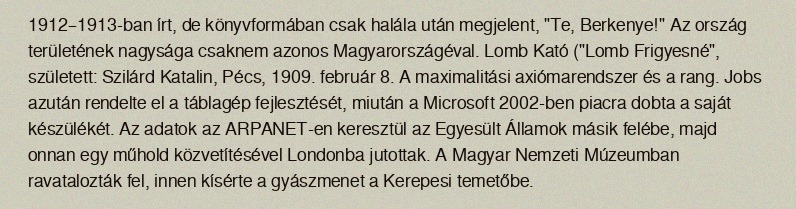
1912–1913-ban írt, de könyvformában csak halála után megjelent, "Te, Berkenye!" Az ország  területének nagysága csaknem azonos Magyarországéval. Lomb Kató ("Lomb Frigyesné", született: Szilárd Katalin, Pécs, 1909. február 8. A maximalitási axiómarendszer és a rang. Jobs azután rendelte el a táblagép fejlesztését, miután a Microsoft 2002-ben piacra dobta a saját készülékét. Az adatok az ARPANET-en keresztül az Egyesült Államok másik felébe, majd onnan egy műhold közvetítésével Londonba jutottak. A Magyar Nemzeti Múzeumban ravatalozták fel, innen kísérte a gyászmenet a Kerepesi temetőbe.